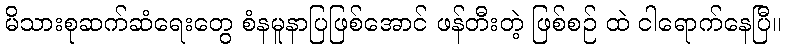
မိသားစုဆက်ဆံရေးတွေ စံနမူနာပြဖြစ်အောင် ဖန်တီးတဲ့ ဖြစ်စဉ် ထဲ ငါရောက်နေပြီ။